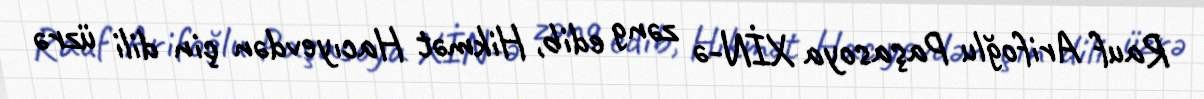
Rauf Arifoğlu Paşasoya XİN-ə zəng edib, Hikmət Hacıyevdən çin dili üzrə